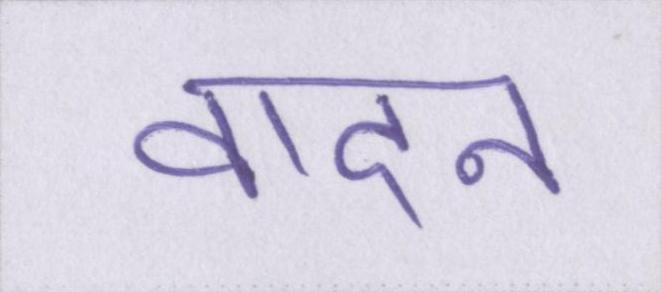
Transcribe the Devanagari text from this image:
वादन